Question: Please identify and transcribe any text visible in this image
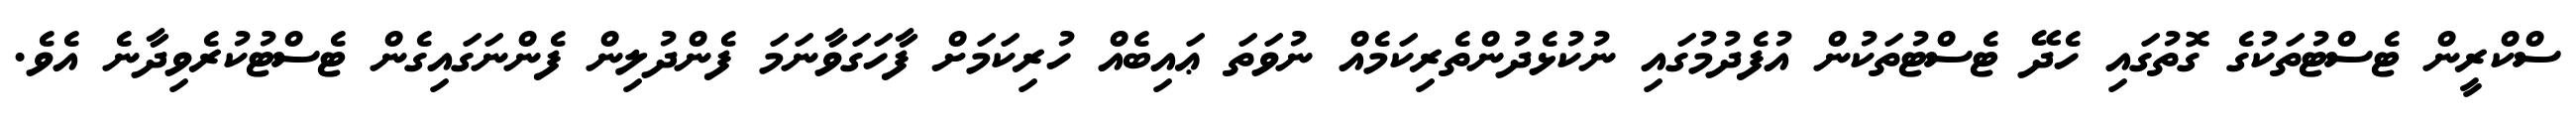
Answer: ސްކްރީން ޓެސްޓުތަކުގެ ގޮތުގައި ހެދޭ ޓެސްޓުތަކުން އުފެދުމުގައި ނުކުޅެދުންތެރިކަމެއް ނުވަތަ ޢައިބެއް ހުރިކަމަށް ފާހަގަވާނަމަ ފެންދުލިން ފެންނަގައިގެން ޓެސްޓުކުރެވިދާނެ އެވެ.